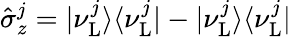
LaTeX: \hat{\sigma}_{z}^{j}=|\nu_{\mathrm{L}}^{j}\rangle\langle\nu_{\mathrm{L}}^{j}|-|\nu_{\mathrm{L}}^{j}\rangle\langle\nu_{\mathrm{L}}^{j}|